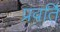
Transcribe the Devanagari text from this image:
प्रवर्ति